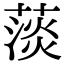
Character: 𦸁